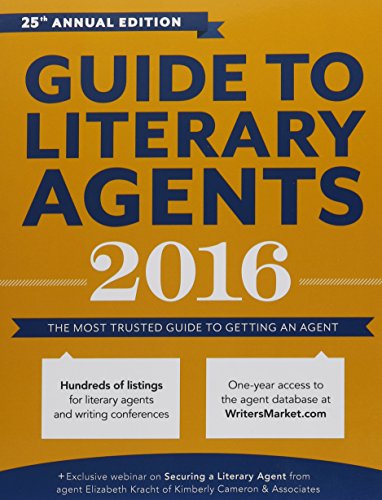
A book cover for Guide to Literary Agents 2016: The Most Trusted Guide to Getting Published (Market); Reference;